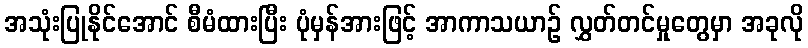
အသုံးပြုနိုင်အောင် စီမံထားပြီး ပုံမှန်အားဖြင့် အာကာသယာဉ် လွှတ်တင်မှုတွေမှာ အခုလို